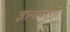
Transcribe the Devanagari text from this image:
ज्ञानावरणी